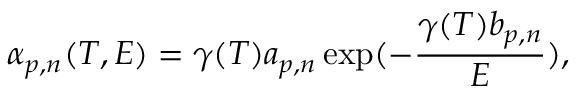
\alpha _ { p , n } ( T , E ) = \gamma ( T ) a _ { p , n } \exp ( - \frac { \gamma ( T ) b _ { p , n } } { E } ) ,